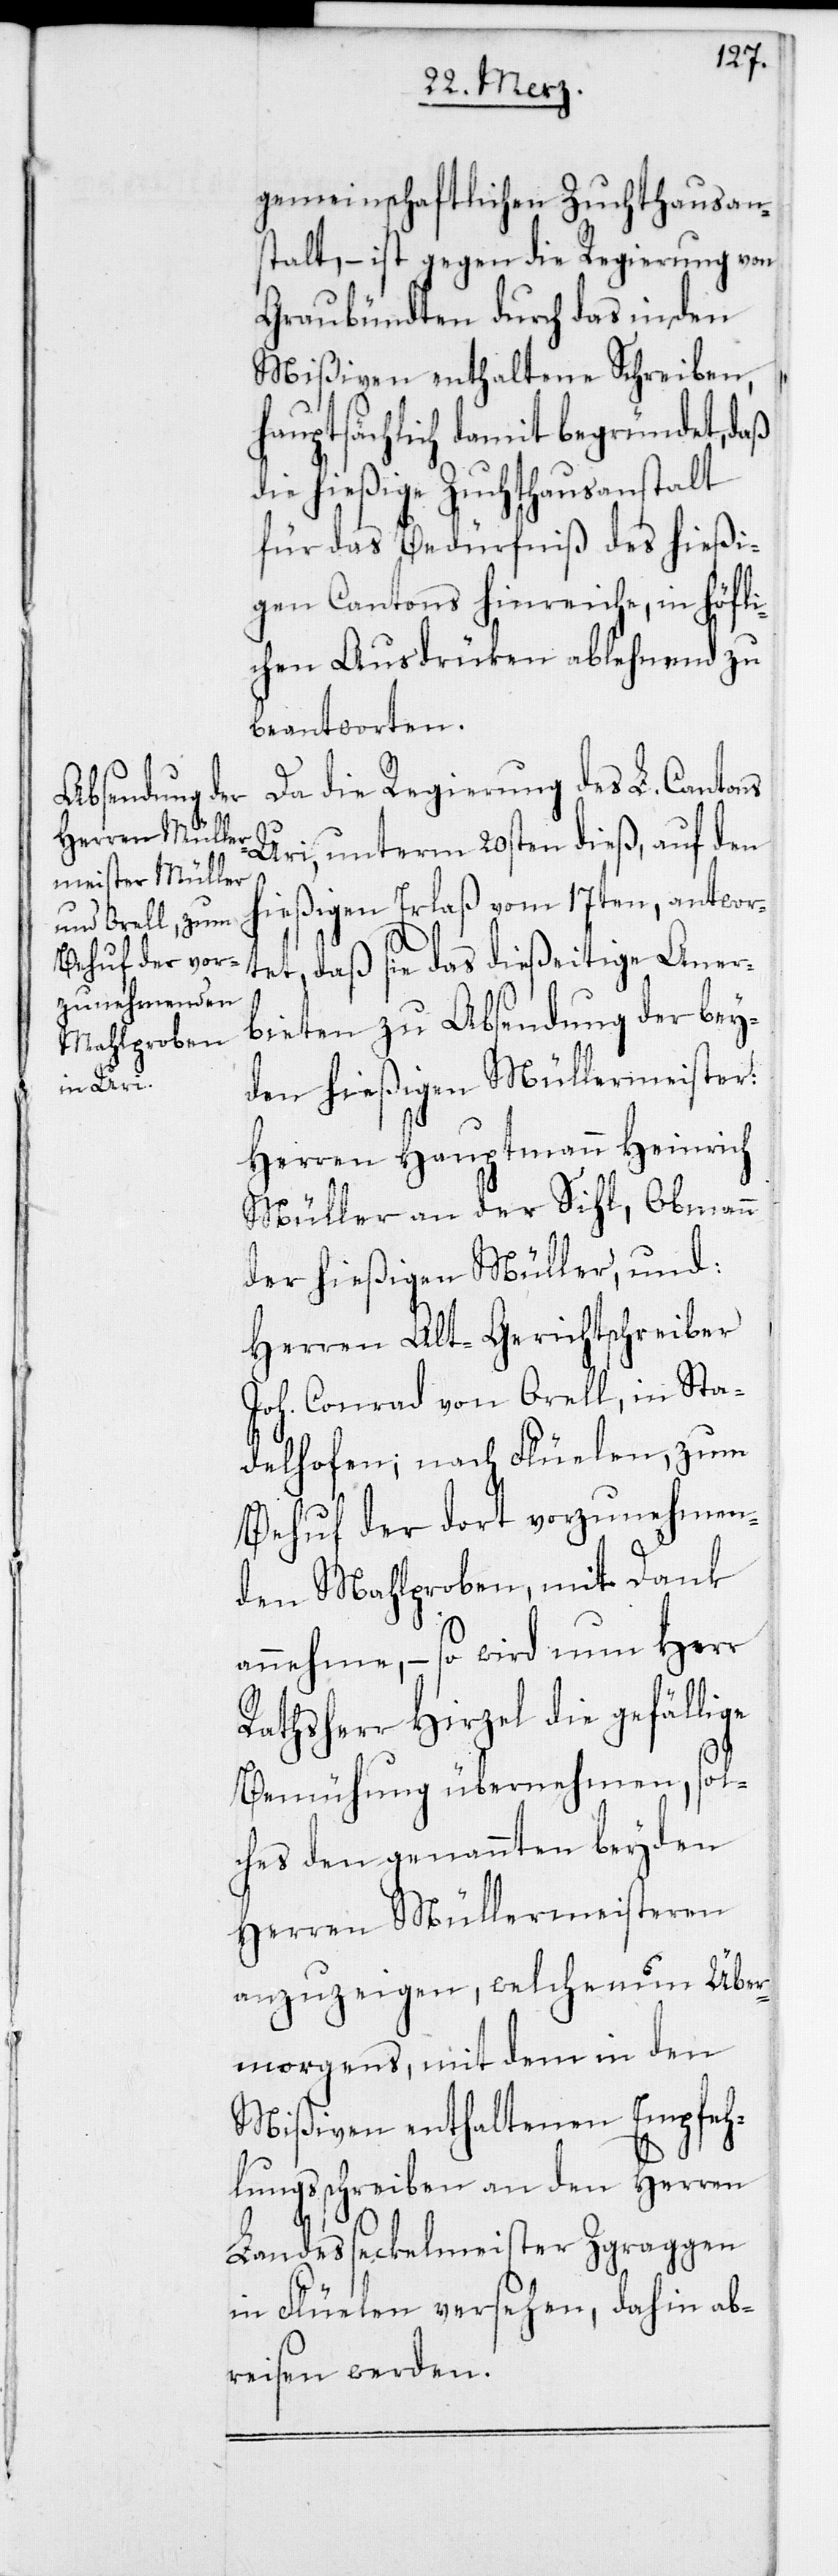
gemeinschaftlichen Zuchthausan¬
stalt, – ist gegen die Regierung von
Graubündten durch das in den
Mißiven enthaltene Schreiben,
hauptsächlich damit begründet, daß
die hießige Zuchthausanstalt
für das Bedürfniß des hießi¬
gen Cantons hinreiche, in höfli¬
chen Ausdrüken ablehnend zu
beantworten.
Da die Regierung des L. Cantons
Uri, unterm 20sten dieß, auf den
hießigen Erlaß vom 17ten, antwor¬
tet, daß sie das dießeitige Aner¬
bieten zu Absendung der bey¬
den hießigen Müllermeister:
Herren Hauptmann Heinrich
Müller an der Sihl, Obmann
der hießigen Müller, und:
Herren Alt-Gerichtschreiber
Joh. Conrad von Orell, in Sta¬
delhofen; nach Flüelen, zum
Behuf der dort vorzunehmen¬
den Mahlproben, mit Dank
annehme, – so wird nun Herr
Rathsherr Hirzel die gefällige
Bemühung übernehmen, sol¬
ches den genannten beyden
Herren Müllermeisteren
anzuzeigen, welche nun Über¬
morgens, mit dem in den
Mißiven enthaltenen Empfeh¬
lungsschreiben an den Herren
Landesseckelmeister Zgraggen
in Flüelen versehen, dahin ab¬
reisen werden.